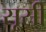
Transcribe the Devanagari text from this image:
सूसी